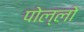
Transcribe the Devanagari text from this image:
पोल्लो